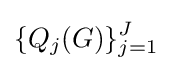
\{Q_{j}(G)\}_{j=1}^{J}